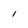
Character: l